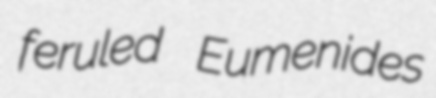
feruled Eumenides